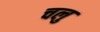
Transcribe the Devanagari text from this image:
चलु